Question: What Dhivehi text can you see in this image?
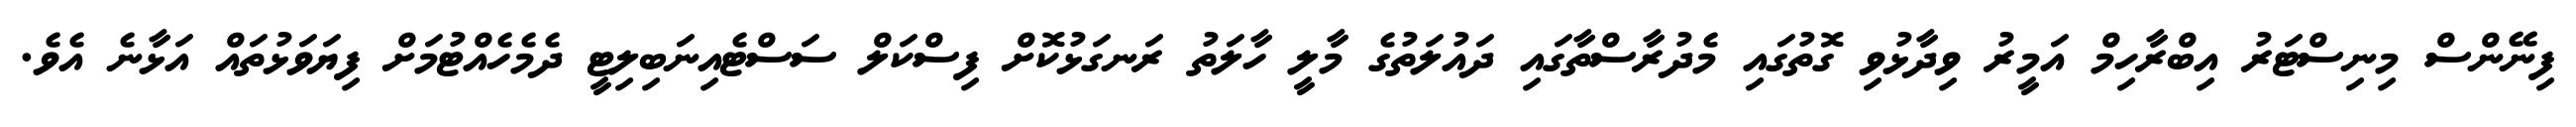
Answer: ފިނޭންސް މިނިސްޓަރު އިބްރާހިމް އަމީރު ވިދާޅުވި ގޮތުގައި މެދުރާސްތާގައި ދައުލަތުގެ މާލީ ހާލަތު ރަނގަޅުކޮށް ފިސްކަލް ސަސްޓެއިނަބިލިޓީ ދެމެހެއްޓުމަށް ފިޔަވަޅުތައް އަޅާނެ އެވެ.